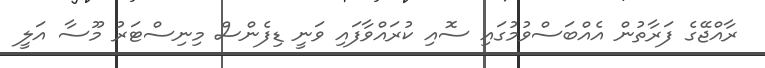
ރާއްޖޭގެ ފަރާތުން އެއްބަސްވުމުގައި ސޮއި ކުރައްވާފައި ވަނީ ޑިފެންސް މިނިސްޓަރު މޫސާ އަލީ